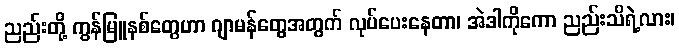
ညည်းတို့ ကွန်မြူနစ်တွေဟာ ဂျာမန်တွေအတွက် လုပ်ပေးနေတာ၊ အဲဒါကိုကော ညည်းသိရဲ့လား၊